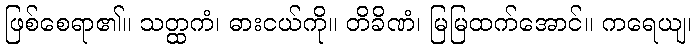
ဖြစ်စေရာ၏။ သတ္ထကံ၊ ဓားငယ်ကို။ တိခိဏံ၊ မြမြထက်အောင်။ ကရေယျ၊